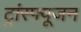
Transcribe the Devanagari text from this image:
ट्रांस्फ्यूजन